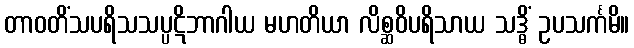
တာဝတိံသပရိသသပ္ပဋိဘာဂါယ မဟတိယာ လိစ္ဆဝိပရိသာယ သဒ္ဓိံ ဥပသင်္ကမိ။